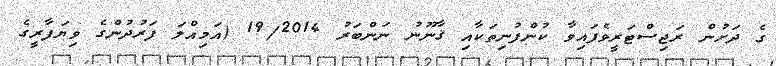
ގެ ދަށުން ރަޖިސްޓަރީވެފައިވާ ކުންފުނިތަކާއި ޤާނޫނު ނަންބަރު 19/2014 (އަމިއްލަ ފަރުދުންގެ ވިޔަފާރީގެ